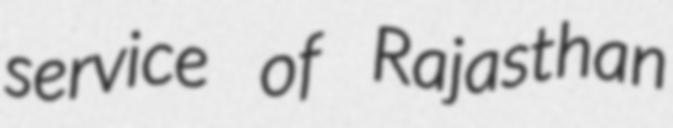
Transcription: service of Rajasthan